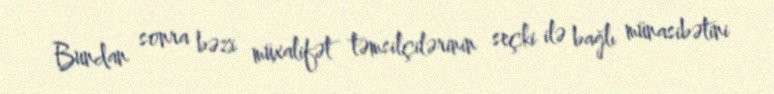
Bundan sonra bəzi müxalifət təmsilçilərinin seçki ilə bağlı münasibətini